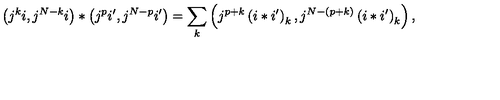
\left( j ^ { k } i , j ^ { N - k } i \right) \ast \left( j ^ { p } i ^ { \prime } , j ^ { N - p } i ^ { \prime } \right) = \sum _ { k } \left( j ^ { p + k } \left( i \ast i ^ { \prime } \right) _ { k } , j ^ { N - \left( p + k \right) } \left( i \ast i ^ { \prime } \right) _ { k } \right) ,